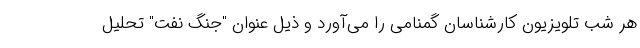
هر شب تلویزیون کارشناسان گمنامی را می‌آورد و ذیل عنوان "جنگ نفت" تحلیل